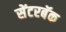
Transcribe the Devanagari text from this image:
सेंटरबॅक